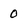
Character: 0